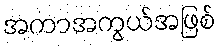
အကာအကွယ်အဖြစ်